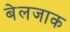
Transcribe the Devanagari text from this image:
बेलजाक